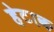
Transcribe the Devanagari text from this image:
हेटाक